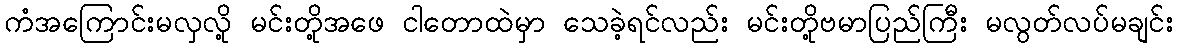
ကံအကြောင်းမလှလို့ မင်းတို့အဖေ ငါတောထဲမှာ သေခဲ့ရင်လည်း မင်းတို့ဗမာပြည်ကြီး မလွတ်လပ်မချင်း